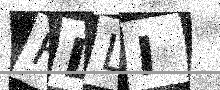
Text: HDLI